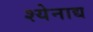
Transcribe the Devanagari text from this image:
श्येनाद्य